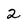
Character: 2